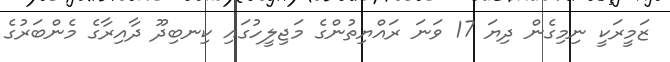
ޒަމީރަކީ ނިމިގެން ދިޔަ 17 ވަނަ ރައްޔިތުންގެ މަޖިލީހުގައި ކިނބިދޫ ދާއިރާގެ މެންބަރުގެ